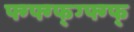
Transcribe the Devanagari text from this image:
फ्ग्फ्ग्फ्ग्फ्ग्फ्